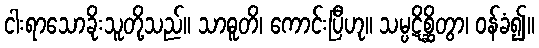
ငါးရာသောခိုးသူတို့သည်။ သာဓူတိ၊ ကောင်းပြီဟု။ သမ္ပဋိစ္ဆိတွာ၊ ဝန်ခံ၍။